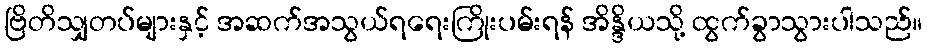
ဗြိတိသျှတပ်များနှင့် အဆက်အသွယ်ရရေးကြိုးပမ်းရန် အိန္ဒိယသို့ ထွက်ခွာသွားပါသည်။